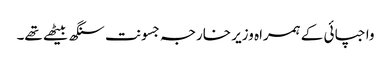
واجپائی کے ہمراہ وزیر خارجہ جسونت سنگھ بیٹھے تھے۔